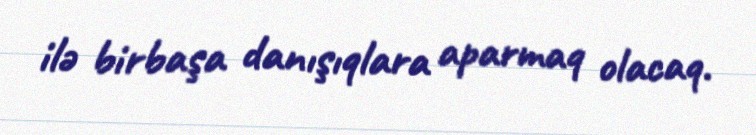
ilə birbaşa danışıqlara aparmaq olacaq.